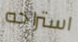
استراحه